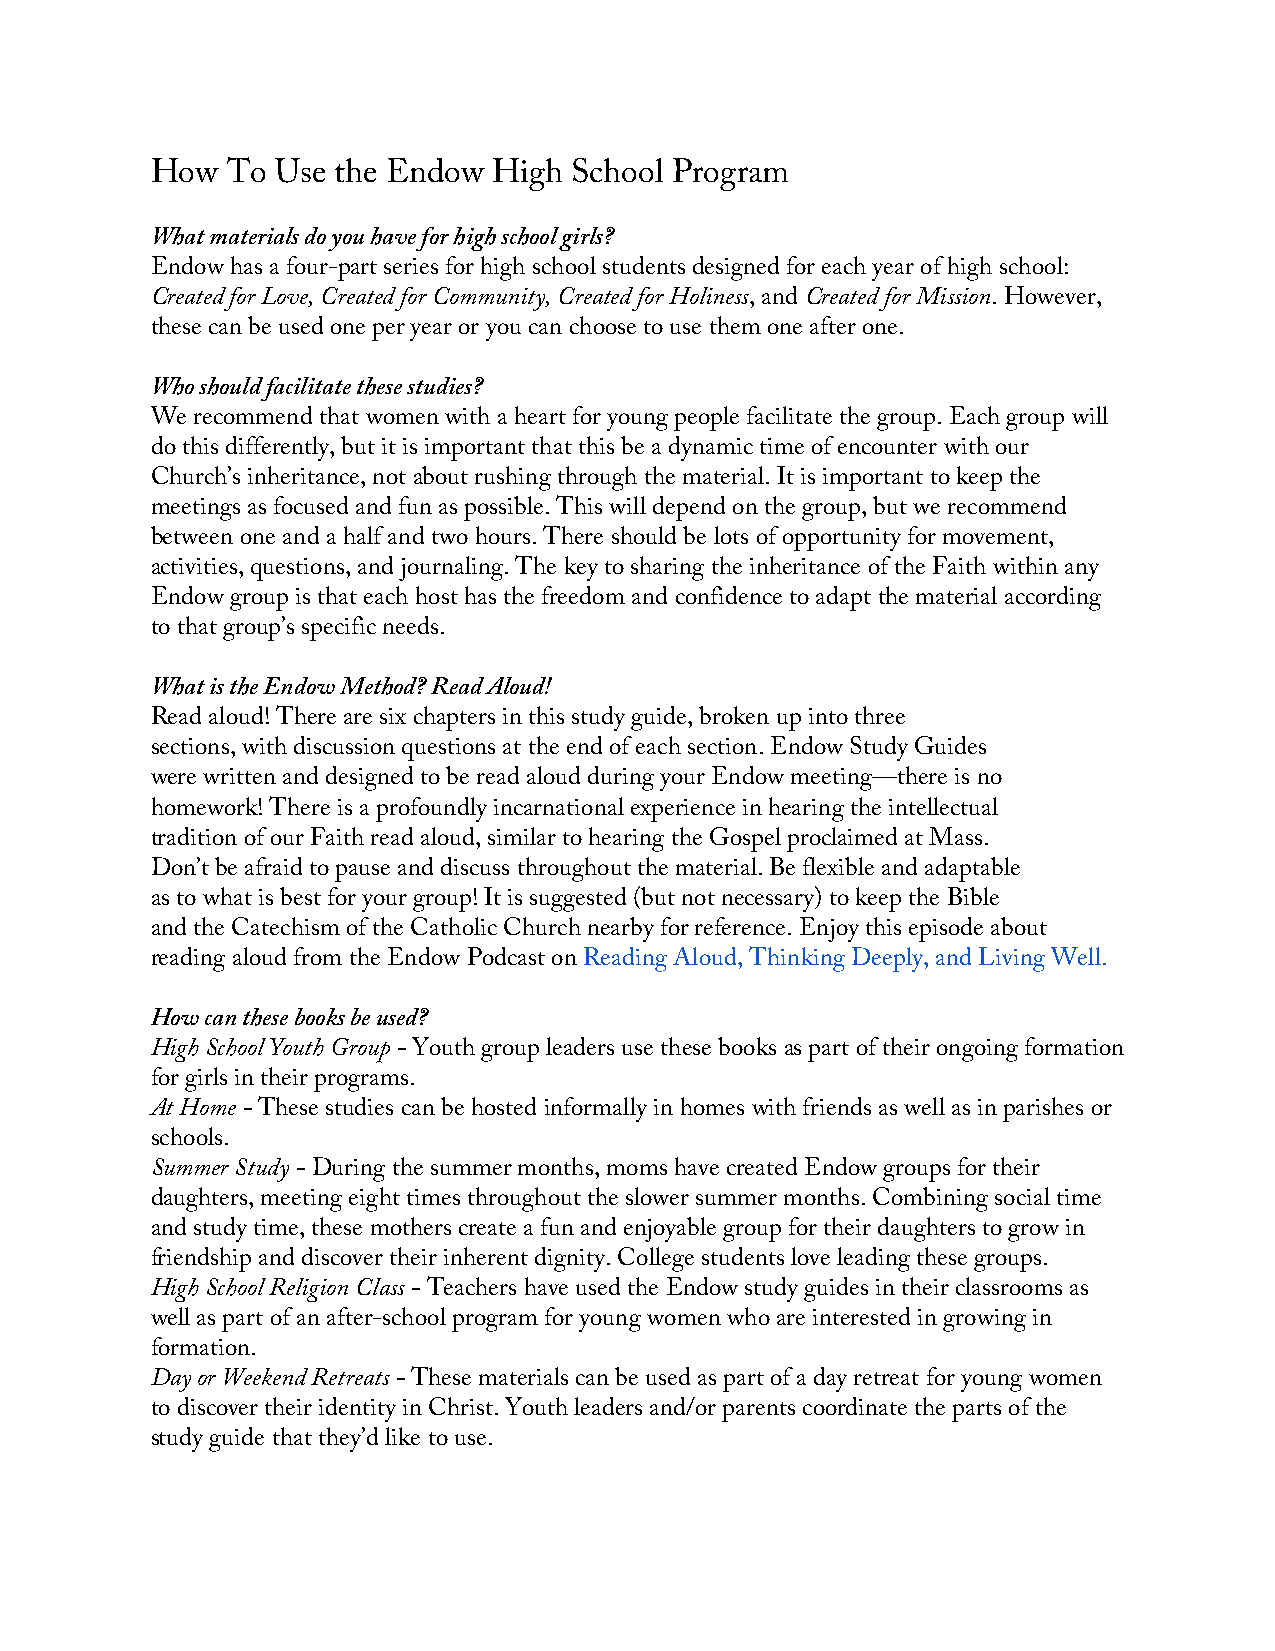
How  To Use the Endow  High School Program
 What materials do you have for high school girls?
 Endow has a four-part series for high school students designed for each year of high school:
 Created for Love, Created for Community, Created for Holiness, and Created for Mission. However,
 these can be used one per year or you can choose to use them one after one.
 Who should facilitate these studies?
 We recommend that women with a heart for young people facilitate the group. Each group will
 do this differently, but it is important that this be a dynamic time of encounter with our
 Church’s inheritance, not about rushing through the material. It is important to keep the
 meetings as focused and fun as possible. This will depend on the group, but we recommend
 between one and a half and two hours. There should be lots of opportunity for movement,
 activities, questions, and journaling. The key to sharing the inheritance of the Faith within any
 Endow group is that each host has the freedom and confidence to adapt the material according
 to that group’s specific needs.
 What is the Endow Method? Read Aloud!
 Read aloud! There are six chapters in this study guide, broken up into three
 sections, with discussion questions at the end of each section. Endow Study Guides
 were written and designed to be read aloud during your Endow meeting—there is no
 homework! There is a profoundly incarnational experience in hearing the intellectual
 tradition of our Faith read aloud, similar to hearing the Gospel proclaimed at Mass.
 Don’t be afraid to pause and discuss throughout the material. Be flexible and adaptable
 as to what is best for your group! It is suggested (but not necessary) to keep the Bible
 and the Catechism of the Catholic Church nearby for reference. Enjoy this episode about
 reading aloud from the Endow Podcast on Reading Aloud, Thinking Deeply, and Living Well.
 How can these books be used?
 High School Youth Group - Youth group leaders use these books as part of their ongoing formation
 for girls in their programs.
 At Home - These studies can be hosted informally in homes with friends as well as in parishes or
 schools.
 Summer Study - During the summer months, moms have created Endow groups for their
 daughters, meeting eight times throughout the slower summer months. Combining social time
 and study time, these mothers create a fun and enjoyable group for their daughters to grow in
 friendship and discover their inherent dignity. College students love leading these groups.
 High School Religion Class - Teachers have used the Endow study guides in their classrooms as
 well as part of an after-school program for young women who are interested in growing in
 formation.
 Day or Weekend Retreats - These materials can be used as part of a day retreat for young women
 to discover their identity in Christ. Youth leaders and/or parents coordinate the parts of the
 study guide that they’d like to use.